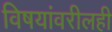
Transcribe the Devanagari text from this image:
विषयांवरीलही